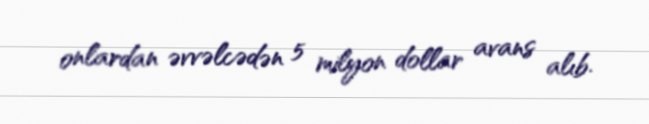
onlardan əvvəlcədən 5 milyon dollar avans alıb.